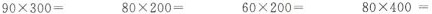
$$9 0 \times 3 0 0 =$$ $$8 0 \times 2 0 0 =$$ $$6 0 \times 2 0 0 =$$ $$8 0 \times 4 0 0 =$$